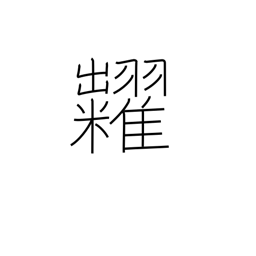
Meaning: auction